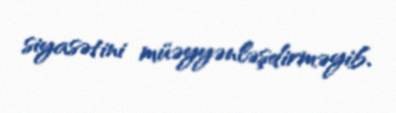
siyasətini müəyyənləşdirməyib.